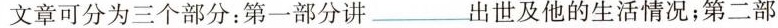
文章可分为三个部分：第一部分讲___出世及他的生活情况；第二部